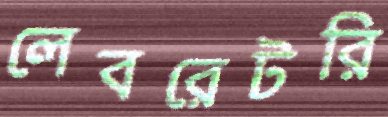
লেবরেটরি